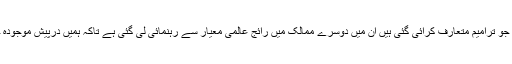
انہوں نے کہا کہ آن لائن تحفظ یقینی بنانے کے لیے جو ترامیم متعارف کرائی گئی ہیں ان میں دوسرے ممالک میں رائج عالمی معیار سے رہنمائی لی گئی ہے تاکہ ہمیں درپیش موجودہ چیلنجز سے ان کا موازنہ کر کے تیار کیا جا سکے۔